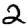
Digit: 2